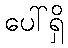
ပေါ်ရှိ